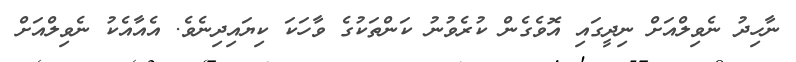
ނާހިދު ނެވިލްއަށް ނިދީގައި އޮވެގެން ކުރެވުނު ކަންތަކުގެ ވާހަކަ ކިޔައިދިނެވެ. އެއާއެކު ނެވިލްއަށް